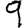
Digit: 9